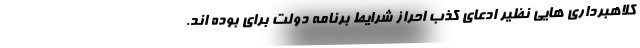
کلاهبرداری هایی نظیر ادعای کذب احراز شرایط برنامه دولت برای بوده اند.